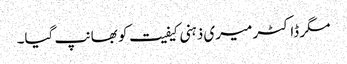
مگر ڈاکٹر میری ذہنی کیفیت کو بھانپ گیا۔